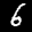
Label: 6